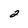
Character: 2